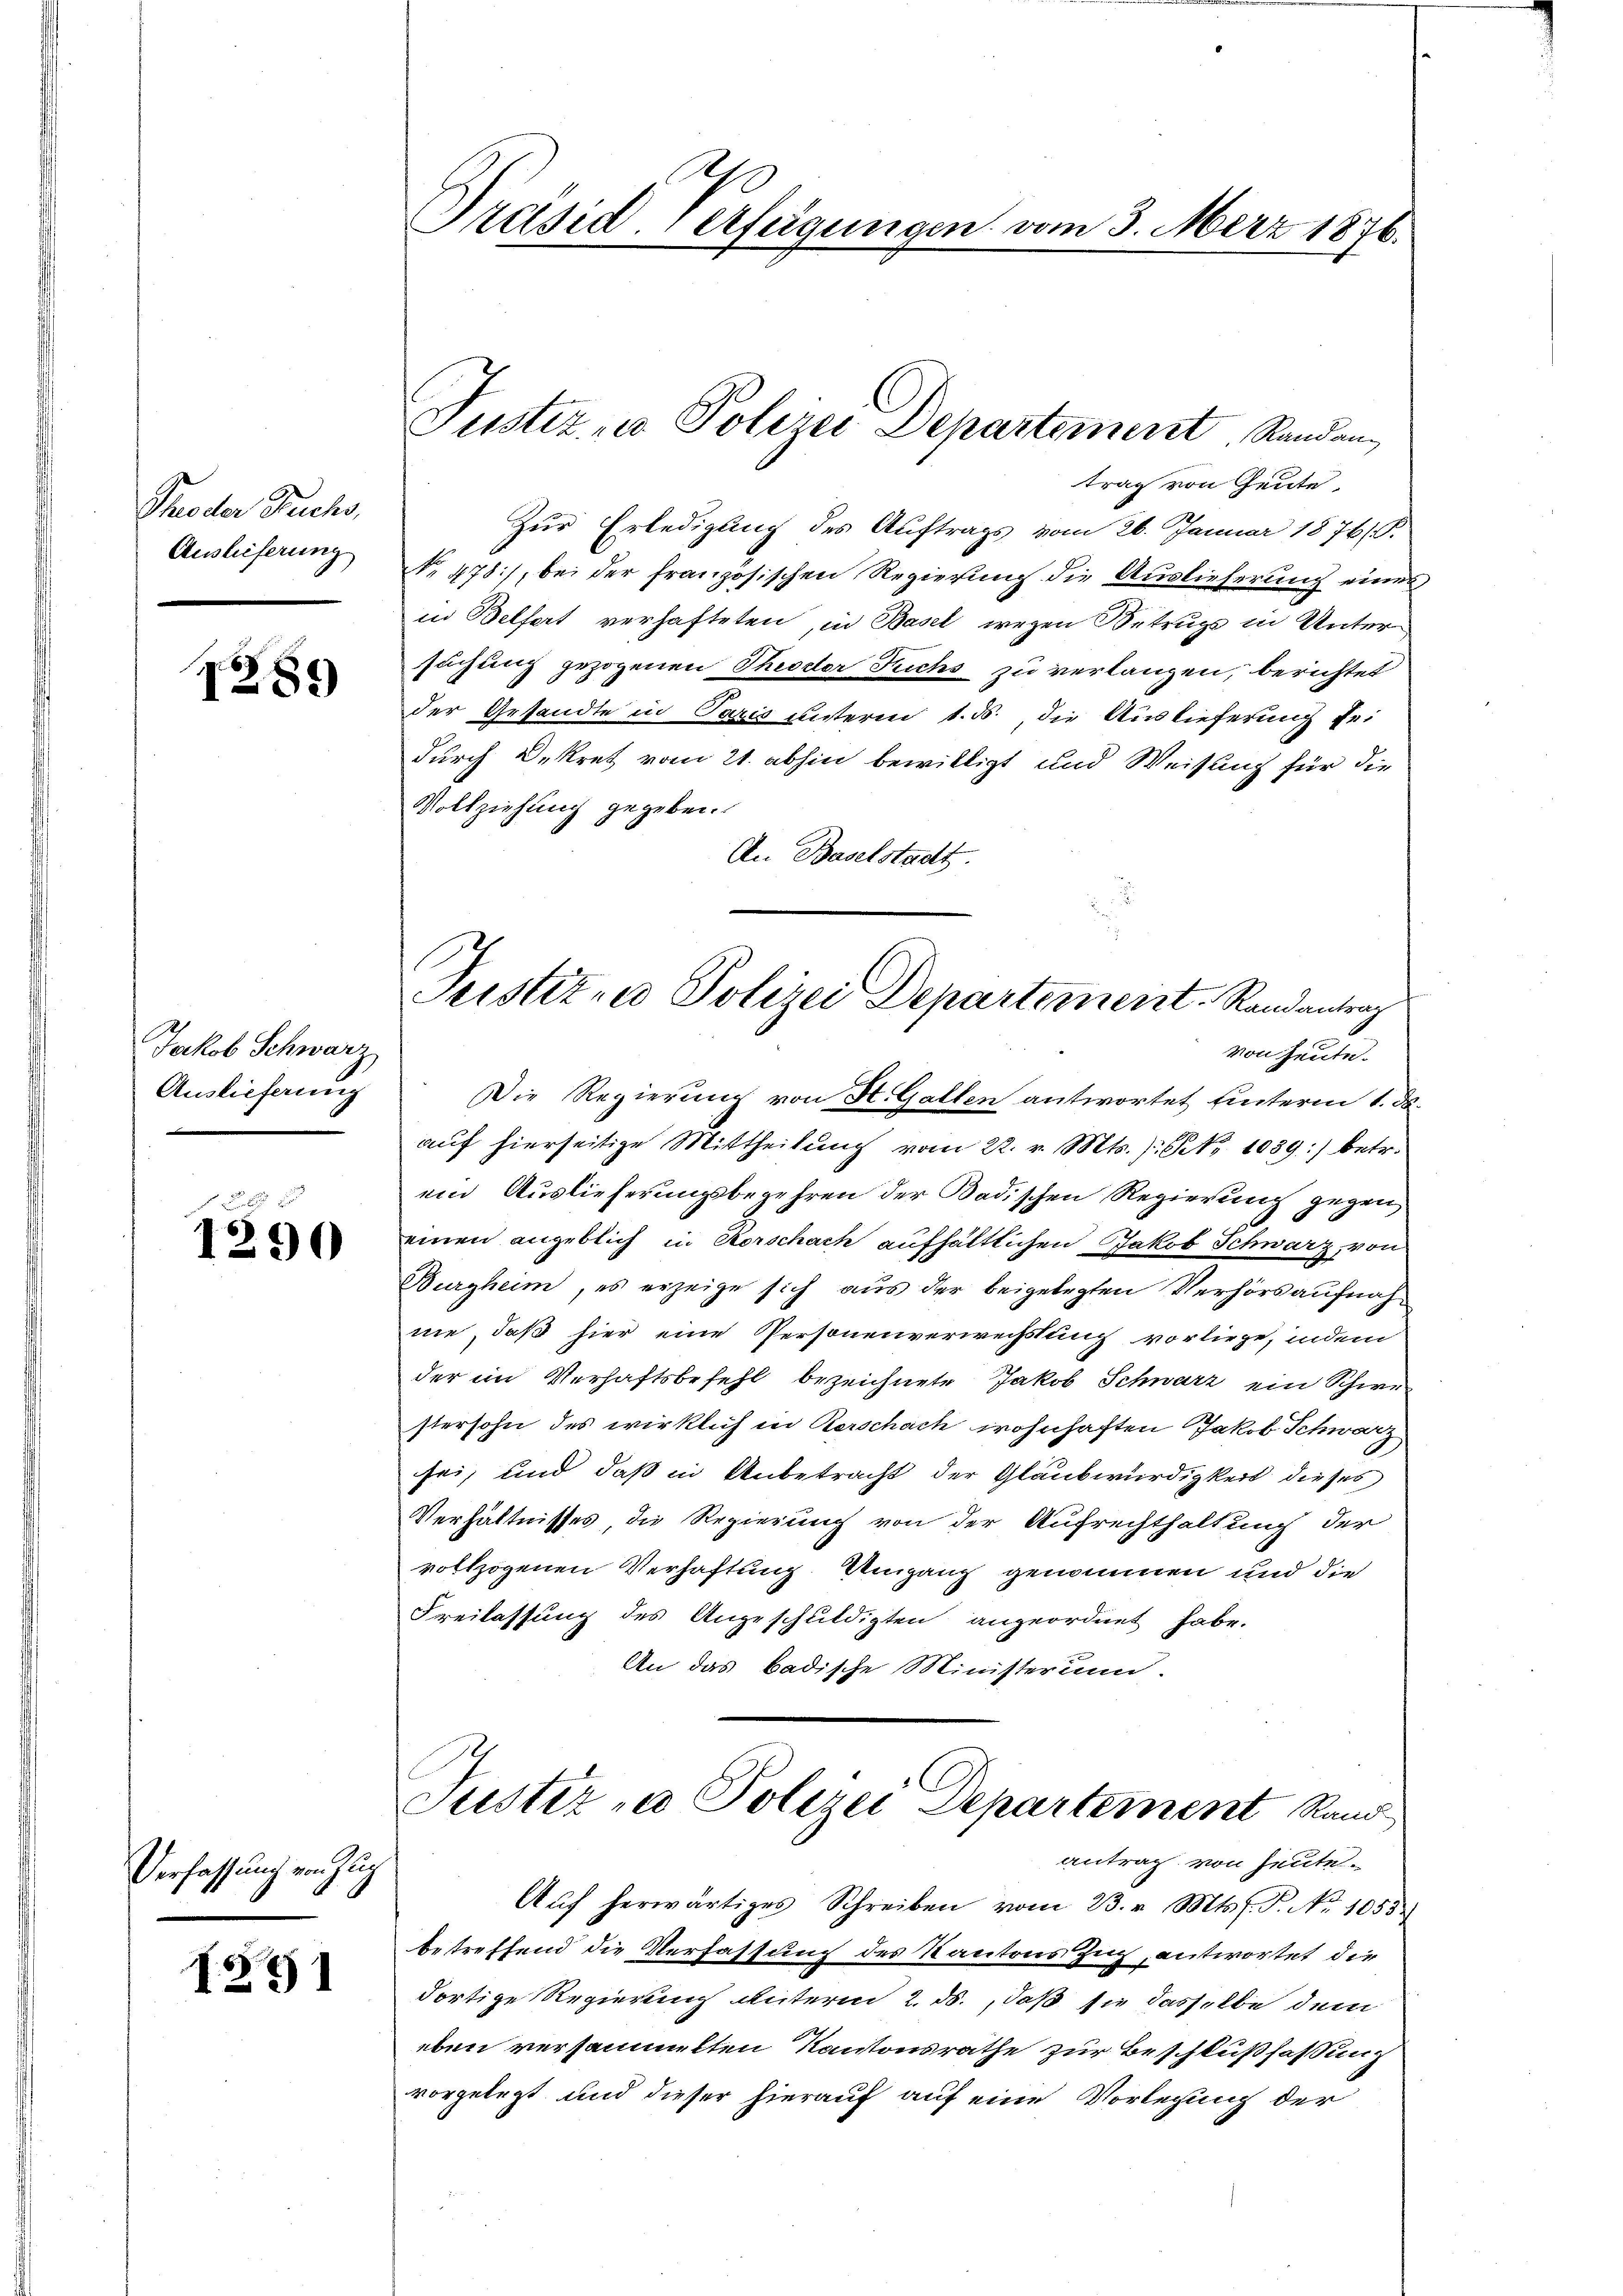
Theodor Buchs,
Auslieferung

Z.89)

Jakob Schwarz
Auslieferung

1290

Verfassung von Zug

B91

S
Präsid. Verfügungen vom 3. März 1876.

Justiz- u Polizei Departement, Randan¬

trag von Heute,
Zur Erledigung des Auftrags vom 26. Januar 1876/B.
No 478), bei der französischen Regierung die Auslieferung eines
in Belfert verhafteten, in Basel wegen Betrug in Untersuchung gezogenen Theodor Fuchs zu verlangen, berichtet
der Gesandte in Paris unterm 1. ds., die Auslieferung sei
durch Dekret vom 21. abhin bewilligt und Weisung für die
Vollziehung gegeben.
An Baselstadt.
Die Regierung von St. Gallen antwortet hinterm 1. d.
auf hierseitige Mittheilŭng vom 22. v. Mts. ): No 1039:) betr.
ein Auslieferungsbegehren der Badischen Regierung gegen
einen angeblich in Vorschach aufhältlichen Jakob Schwarz, von
Burgheim, es erzeige sich aus der beigelegten Verhörsaufnahnie, daß hier eine Personenverwechstung vorliege, indem
der im Verhaftsbefehl bezeichnete Jakob Schwarz ein Schwestersohn des wirklich in Kerschach wohnhaften Jakob Schwarz
sei, und daß in Anbetracht der Glaubwürdigkeit dieses
Verhältnisses die Regierung von der Aufrechthaltung der
vollzogenen Verhaftung. Umgang genommen und die
Freilassung des Angeschuldigten angeordnet habe.
An das badische Ministerium.
Justiz- u Polizei Departement Randantrag von heute.
Aŭf herwärtiges Schreiben vom 23. v. Mts. s. S. Nr. 1055)
betreffend die Verfassung des Kantons Zug, antwortet die
dortige Regierung unterm 2. ds., daß sie dasselbe dem
eben versammelten Kantonsrathe zur Beschlußfassung
vorgelegt und dieser hierauf auf eine Vorlegung der

Justitue Polizei Departement. Randantrag
von Heute.